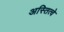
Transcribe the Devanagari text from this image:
अस्तित्वे